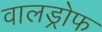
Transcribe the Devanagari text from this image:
वालड्रोफ